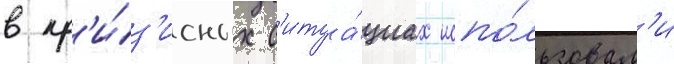
в кр'и́з'исных с'итуа́циах испо́льзовал'и